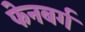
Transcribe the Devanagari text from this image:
फेनबर्ग